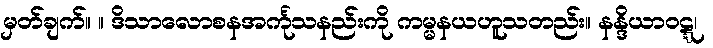
မှတ်ချက်။ ။ ဒိသာလောစနအင်္ကုသနည်းကို ကမ္မနယဟူသတည်း။ နန္ဒိယာဝဋ္ဋ၊